Lunatic asylums Bombay report 1891-1903 - 1891-1903
Year: 1891
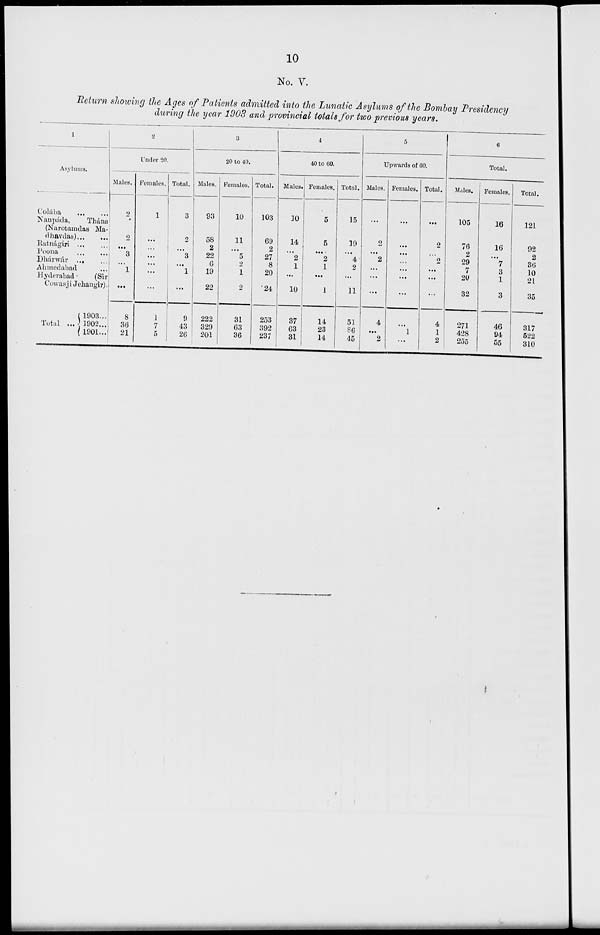
10
No. V.
Return showing the Ages of Patients admitted into the Lunatic Asylums of the Bombay Presidency
during the year 1903 and provincial totals for two previous years.
1
Asylums.
Colába
...
...
Naupáda,
Thána
(Narotamdas Ma-
-havdas ... ...
Ratinágiri
...
...
Poona
...
...
Dhárwár ... ...
Ahmedabad ...
Hyderabad
(Sir
Cowasji Jehangir).
Total ...
1903 ...
1902 ...
1901 ...
2
Under 20.
Males.
2
2
...
3
...
1
...
8
36
21
Females.
1
...
...
...
...
...
...
1
7
5
Total.
3
2
...
3
...
1
...
9
43
26
3
20 to 40.
Males.
93
58
2
22
6
19
22
222
329
201
Females.
10
11
...
5
2
1
2
31
63
36
Total.
103
69
2
27
8
20
24
253
392
237
4
40 to 60.
Males.
10
14
...
2
1
...
10
37
63
31
Females.
5
5
...
2
1
...
1
14
23
14
Total.
15
19
...
4
2
...
11
51
86
45
5
Upwards of 60.
Males.
...
2
...
2
...
...
...
4
...
2
Females.
...
...
...
...
...
...
...
...
1
...
Total.
...
2
...
2
...
...
...
4
1
2
6
Total.
Males.
105
76
2
29
7
20
32
271
428
255
Females.
16
16
...
7
3
1
3
46
94
55
Total.
121
92
2
36
10
21
35
317
522
310